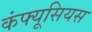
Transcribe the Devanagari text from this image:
कंफ्यूसियस